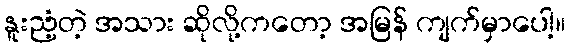
နူးညံ့တဲ့ အသား ဆိုလို့ကတော့ အမြန် ကျက်မှာပေါ့။